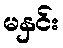
မနှင်း